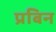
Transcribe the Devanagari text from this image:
प्रबिन